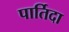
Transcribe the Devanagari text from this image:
पार्तिदा